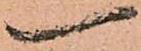
一